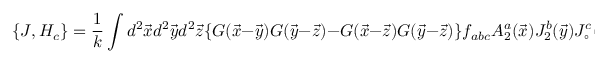
\{ J , H _ { c } \} = \frac { 1 } { k } \int d ^ { 2 } \vec { x } d ^ { 2 } \vec { y } d ^ { 2 } \vec { z } \{ G ( \vec { x } - \vec { y } ) G ( \vec { y } - \vec { z } ) - G ( \vec { x } - \vec { z } ) G ( \vec { y } - \vec { z } ) \} f _ { a b c } A _ { 2 } ^ { a } ( \vec { x } ) J _ { 2 } ^ { b } ( \vec { y } ) J _ { \circ } ^ { c } ( \vec { z } )